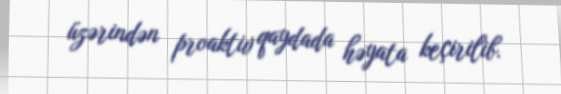
üzərindən proaktiv qaydada həyata keçirilib.